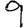
Digit: 9